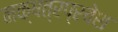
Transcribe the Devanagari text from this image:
नक्षत्रप्रवेश